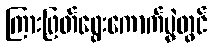
ကြားဖြတ်ရွေးကောက်ပွဲတွင်